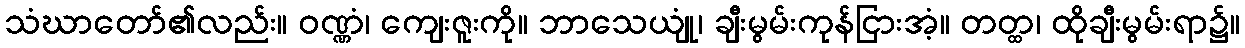
သံဃာတော်၏လည်း။ ဝဏ္ဏံ၊ ကျေးဇူးကို။ ဘာသေယျုံ၊ ချီးမွမ်းကုန်ငြားအံ့။ တတ္ထ၊ ထိုချီးမွမ်းရာ၌။